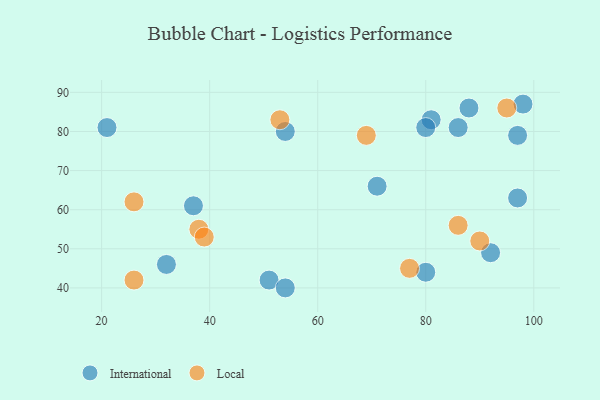
{"axis": {"x": "GDP", "y": "Life Expectancy"}, "legend": ["International", "Local"], "data": [{"x": "80", "y": 44, "type": "International"}, {"x": "86", "y": 81, "type": "International"}, {"x": "54", "y": 80, "type": "International"}, {"x": "97", "y": 79, "type": "International"}, {"x": "51", "y": 42, "type": "International"}, {"x": "81", "y": 83, "type": "International"}, {"x": "98", "y": 87, "type": "International"}, {"x": "32", "y": 46, "type": "International"}, {"x": "92", "y": 49, "type": "International"}, {"x": "37", "y": 61, "type": "International"}, {"x": "21", "y": 81, "type": "International"}, {"x": "54", "y": 40, "type": "International"}, {"x": "97", "y": 63, "type": "International"}, {"x": "71", "y": 66, "type": "International"}, {"x": "80", "y": 81, "type": "International"}, {"x": "88", "y": 86, "type": "International"}, {"x": "38", "y": 55, "type": "Local"}, {"x": "69", "y": 79, "type": "Local"}, {"x": "53", "y": 83, "type": "Local"}, {"x": "90", "y": 52, "type": "Local"}, {"x": "26", "y": 62, "type": "Local"}, {"x": "95", "y": 86, "type": "Local"}, {"x": "26", "y": 42, "type": "Local"}, {"x": "77", "y": 45, "type": "Local"}, {"x": "86", "y": 56, "type": "Local"}, {"x": "39", "y": 53, "type": "Local"}]}